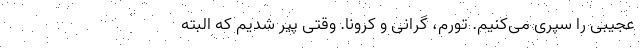
عجیبی را سپری می‌کنیم. تورم، گرانی و کرونا. وقتی پیر شدیم که البته